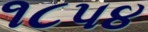
૧૮પ૪